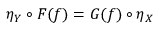
\eta _ { Y } \circ F ( f ) = G ( f ) \circ \eta _ { X }